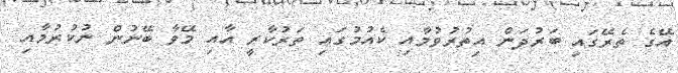
އޭގެ ތެރޭގައި ބަރުދަން އިތުރުވުމާއި ކެއުމުގައި ތަރުކާރީ އާއި މޭވާ ބޭނުން ނުކުރުމާއި